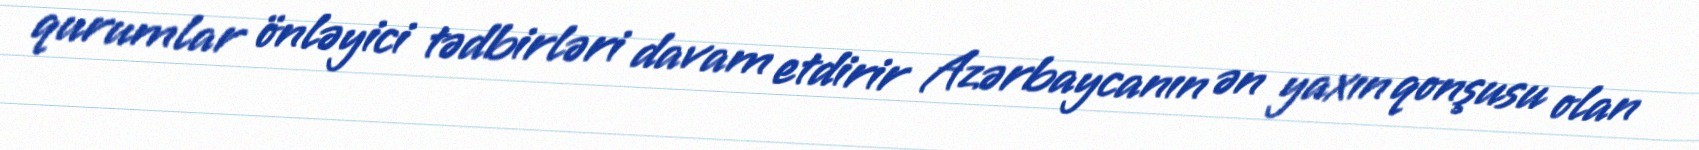
qurumlar önləyici tədbirləri davam etdirir Azərbaycanın ən yaxın qonşusu olan